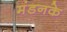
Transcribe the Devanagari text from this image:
मंडनके